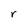
Character: r